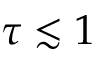
\tau \lesssim 1